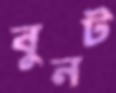
বুনট